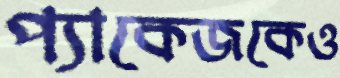
প্যাকেজকেও